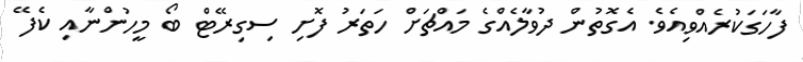
ފާހަގަކުރެއްވިއެވެ. އެގޮތުން ދުވާލެއްގެ މައްޗަށް ހަތަރު ފޮށި ސިގިރޭޓް ބޯ މީހުންނާއި ކެފޭ